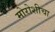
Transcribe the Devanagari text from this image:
मोरोशीचा